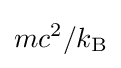
mc^{2}/k_{\text{B}}